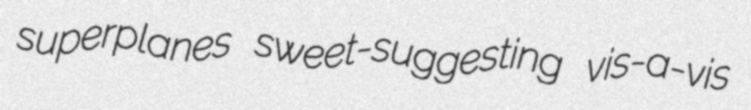
superplanes sweet-suggesting vis-a-vis